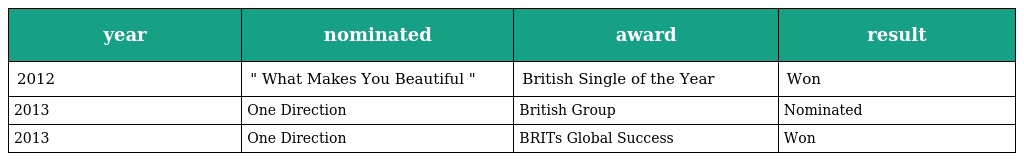
| year | nominated | award | result |
 | --- | --- | --- | --- |
 | 2012 | " What Makes You Beautiful " | British Single of the Year | Won |
 | 2013 | One Direction | British Group | Nominated |
 | 2013 | One Direction | BRITs Global Success | Won |